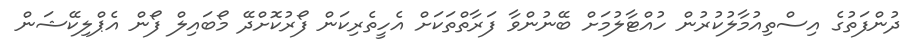
ދުންފަތުގެ އިސްތިއުމާލުކުރުން ހުއްޓާލުމަށް ބޭނުންވާ ފަރާތްތަކަށް އެހީތެރިކަން ފޯރުކޮށްދޭ މޯބައިލް ފޯން އެޕްލިކޭޝަން